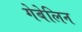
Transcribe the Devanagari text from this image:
गेबेलिन